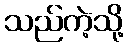
သည်ကဲ့သို့